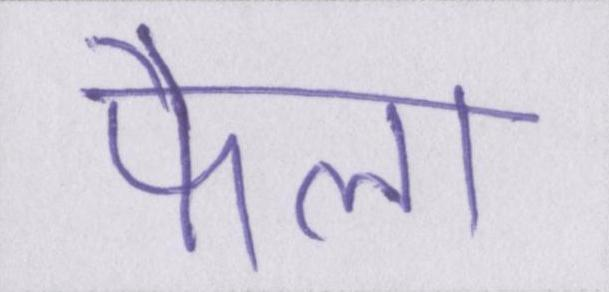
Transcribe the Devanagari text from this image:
फैला